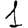
Digit: 1